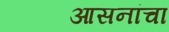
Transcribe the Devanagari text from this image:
आसनांचा